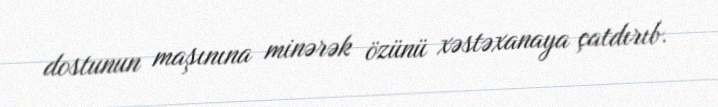
dostunun maşınına minərək özünü xəstəxanaya çatdırıb.